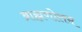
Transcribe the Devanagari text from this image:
ब्राह्मणोत्तम